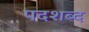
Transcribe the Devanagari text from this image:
पदशब्द